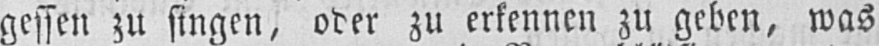
geben zu singen, oder zu erkennen zu geben, was